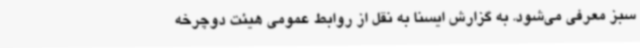
سبز معرفی می‌شود. به گزارش ایسنا به نقل از روابط عمومی هیئت دوچرخه